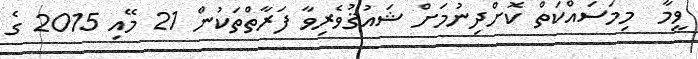
ވީމާ  މިމަސައްކަތް ކޮށްދިނުމަށް ޝައުޤުވެރިވާ ފަރާތްތަކުން 21 މޭއި 2015 ގެ